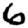
Digit: 6